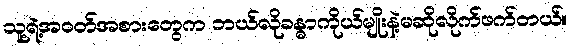
သူ့ရဲ့အဝတ်အစားတွေက ဘယ်လိုခန္ဓာကိုယ်မျိုးနဲ့မဆိုလိုက်ဖက်တယ်။